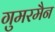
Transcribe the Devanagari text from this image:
गुमरमैन